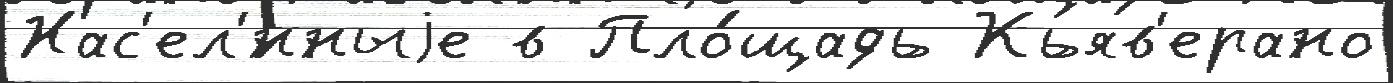
Нас'ел'́нныjе в Пло́щадь Кьяв'ерано